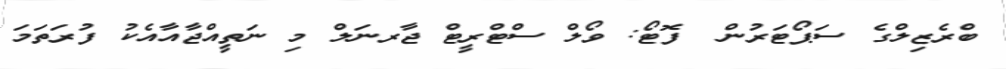
ބްރެޒިލްގެ ސަޕޯޓަރުން  ފޮޓޯ: ވޯލް ސްޓްރީޓް ޖާރނަލް މި ނަތީއްޖާއާއެކު ފުރަތަމަ